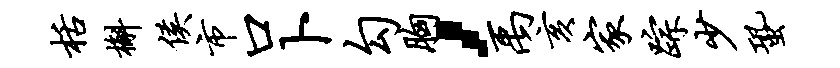
栝槲侯市口卜勾胸，禹亥家踪少蛩